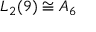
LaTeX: L _ { 2 } ( 9 ) \cong A _ { 6 }